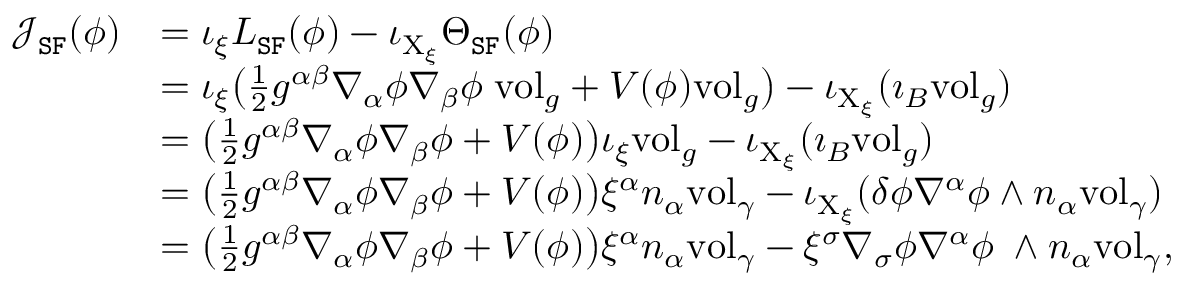
\begin{array} { r l } { \mathcal { J } _ { \mathtt { S F } } ( \phi ) } & { = \iota _ { \xi } L _ { \mathtt { S F } } ( \phi ) - \iota _ { \mathrm { X } _ { \xi } } \Theta _ { \mathtt { S F } } ( \phi ) } \\ & { = \iota _ { \xi } \big ( \frac { 1 } { 2 } g ^ { \alpha \beta } \nabla _ { \alpha } \phi \nabla _ { \beta } \phi \; \mathrm { v o l } _ { g } + V ( \phi ) \mathrm { v o l } _ { g } \big ) - \iota _ { \mathrm { X } _ { \xi } } ( \imath _ { B } \mathrm { v o l } _ { g } ) } \\ & { = \big ( \frac { 1 } { 2 } g ^ { \alpha \beta } \nabla _ { \alpha } \phi \nabla _ { \beta } \phi + V ( \phi ) \big ) \iota _ { \xi } \mathrm { v o l } _ { g } - \iota _ { \mathrm { X } _ { \xi } } ( \imath _ { B } \mathrm { v o l } _ { g } ) } \\ & { = \big ( \frac { 1 } { 2 } g ^ { \alpha \beta } \nabla _ { \alpha } \phi \nabla _ { \beta } \phi + V ( \phi ) \big ) \xi ^ { \alpha } n _ { \alpha } \mathrm { v o l } _ { \gamma } - \iota _ { \mathrm { X } _ { \xi } } ( \delta \phi \nabla ^ { \alpha } \phi \wedge n _ { \alpha } \mathrm { v o l } _ { \gamma } ) } \\ & { = \big ( \frac { 1 } { 2 } g ^ { \alpha \beta } \nabla _ { \alpha } \phi \nabla _ { \beta } \phi + V ( \phi ) \big ) \xi ^ { \alpha } n _ { \alpha } \mathrm { v o l } _ { \gamma } - \xi ^ { \sigma } \nabla _ { \sigma } \phi \nabla ^ { \alpha } \phi \; \wedge n _ { \alpha } \mathrm { v o l } _ { \gamma } , } \end{array}